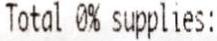
TOTAL 0% SUPPLIES: